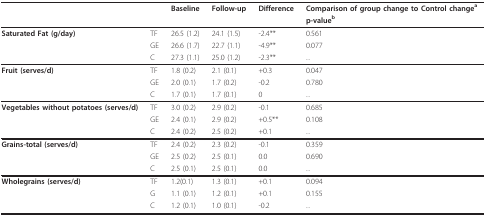
<table><thead><tr><td></td><td></td><td><b>Baseline</b></td><td><b>Follow-up</b></td><td><b>Difference</b></td><td><b>Comparison of group change to Control change<sup>a</sup></b></td></tr><tr><td></td><td></td><td></td><td></td><td></td><td><b>p-value<sup>b</sup></b></td></tr></thead><tbody><tr><td><b>Saturated Fat (g/day)</b></td><td>TF</td><td>26.5 (1.2)</td><td>24.1 (1.5)</td><td>-2.4**</td><td>0.561</td></tr><tr><td></td><td>GE</td><td>26.6 (1.7)</td><td>22.7 (1.1)</td><td>-4.9**</td><td>0.077</td></tr><tr><td></td><td>C</td><td>27.3 (1.1)</td><td>25.0 (1.2)</td><td>-2.3**</td><td>...</td></tr><tr><td><b>Fruit (serves/d)</b></td><td>TF</td><td>1.8 (0.2)</td><td>2.1 (0.1)</td><td>+0.3</td><td>0.047</td></tr><tr><td></td><td>GE</td><td>2.0 (0.1)</td><td>1.7 (0.2)</td><td>-0.2</td><td>0.780</td></tr><tr><td></td><td>C</td><td>1.7 (0.1)</td><td>1.7 (0.1)</td><td>0</td><td>...</td></tr><tr><td><b>Vegetables without potatoes (serves/d)</b></td><td>TF</td><td>3.0 (0.2)</td><td>2.9 (0.2)</td><td>-0.1</td><td>0.685</td></tr><tr><td></td><td>GE</td><td>2.4 (0.1)</td><td>2.9 (0.2)</td><td>+0.5**</td><td>0.108</td></tr><tr><td></td><td>C</td><td>2.4 (0.2)</td><td>2.5 (0.2)</td><td>+0.1</td><td>...</td></tr><tr><td><b>Grains-total (serves/d)</b></td><td>TF</td><td>2.4 (0.2)</td><td>2.3 (0.2)</td><td>-0.1</td><td>0.359</td></tr><tr><td></td><td>GE</td><td>2.5 (0.2)</td><td>2.5 (0.1)</td><td>0.0</td><td>0.690</td></tr><tr><td></td><td>C</td><td>2.5 (0.1)</td><td>2.5 (0.1)</td><td>0.0</td><td>...</td></tr><tr><td><b>Wholegrains (serves/d)</b></td><td>TF</td><td>1.2(0.1)</td><td>1.3 (0.1)</td><td>+0.1</td><td>0.094</td></tr><tr><td></td><td>G</td><td>1.1 (0.1)</td><td>1.2 (0.1)</td><td>+0.1</td><td>0.155</td></tr><tr><td></td><td>C</td><td>1.2 (0.1)</td><td>1.0 (0.1)</td><td>-0.2</td><td>...</td></tr></tbody></table>